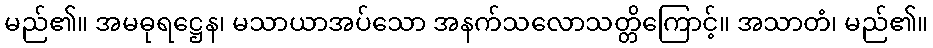
မည်၏။ အမဓုရဋ္ဌေန၊ မသာယာအပ်သော အနက်သလောသတ္တိကြောင့်။ အသာတံ၊ မည်၏။